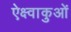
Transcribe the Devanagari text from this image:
ऐक्ष्वाकुओं